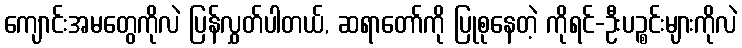
ကျောင်းအမတွေကိုလဲ ပြန်လွှတ်ပါတယ်, ဆရာတော်ကို ပြုစုနေတဲ့ ကိုရင်-ဦးပဉ္စင်းများကိုလဲ